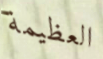
العظيمة